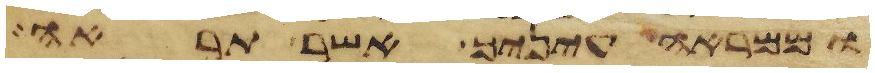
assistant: וממראה עיניך אשר תראה